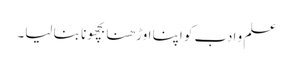
علم و ادب کو اپنا اوڑھنا بچھونا بنا لیا۔